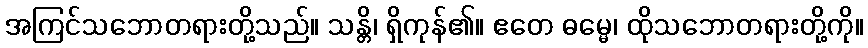
အကြင်သဘောတရားတို့သည်။ သန္တိ၊ ရှိကုန်၏။ ဧတေ ဓမ္မေ၊ ထိုသဘောတရားတို့ကို။